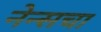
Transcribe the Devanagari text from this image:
नेन्सचा